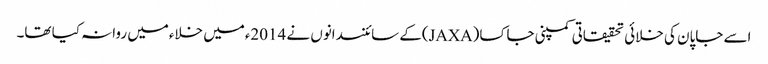
اسے جاپان کی خلائی تحقیقاتی کمپنی جاکسا(JAXA)کے سائنسدانوں نے 2014ءمیں خلاءمیں روانہ کیا تھا۔